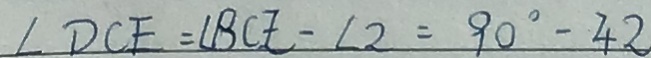
\angle D C E = \angle B C E - \angle 2 = 9 0 ^ { \circ } - 4 2